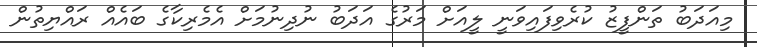
މިއަދަބު ތަންފީޒު ކުރެވިފައިވަނީ ލީއަށް މަރުގެ އަދަބު ނުދިނުމަށް އެމެރިކާގެ ބައެއް ރައްޔިތުން